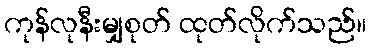
ကုန်လုနီးမျှစုတ် ထုတ်လိုက်သည်။